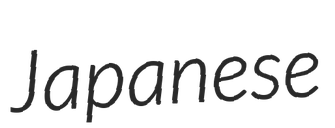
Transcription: Japanese